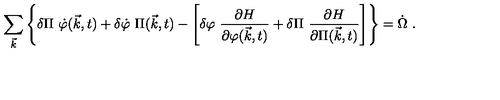
\sum _ { \vec { k } } \left\{ \delta \Pi \ \dot { \varphi } ( \vec { k } , t ) + \delta \dot { \varphi } \ \Pi ( \vec { k } , t ) - \left[ \delta \varphi \ { \frac { \partial H } { \partial \varphi ( \vec { k } , t ) } } + \delta \Pi \ { \frac { \partial H } { \partial \Pi ( \vec { k } , t ) } } \right] \right\} = \dot { \Omega } \ .